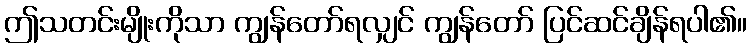
ဤသတင်းမျိုးကိုသာ ကျွန်တော်ရလျှင် ကျွန်တော် ပြင်ဆင်ချိန်ရပါ၏။